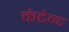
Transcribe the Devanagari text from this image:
कंटेन्ट